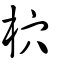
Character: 柼